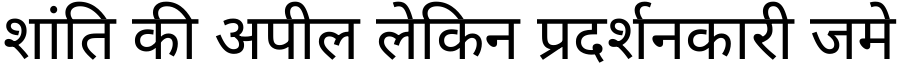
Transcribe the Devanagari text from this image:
शांति की अपील लेकिन प्रदर्शनकारी जमे